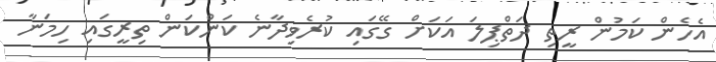
އެހެން ކަމުން ރީތި ދަތްޕިލަ އަކަށް ގޭގައި ކުރެވިދާނެ ކަންކަން ތިރީގައި ހިމަނާ